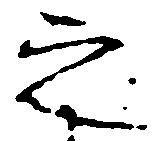
之